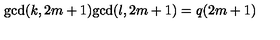
\mathrm { g c d } ( k , 2 m + 1 ) \mathrm { g c d } ( l , 2 m + 1 ) = q ( 2 m + 1 )